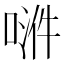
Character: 𫪿